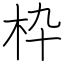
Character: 枠